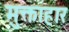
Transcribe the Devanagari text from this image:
मुक्ताहार